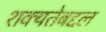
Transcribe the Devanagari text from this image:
शक्यतेबद्दल